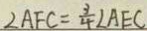
\angle A F C = \frac { 3 } { 4 } \angle A E C